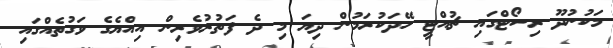
މަކުނުދޫ ރިސޯޓްގައި ޗުއްޓީ ހޭދަކުރަމުން ދިޔަ މި ދެ ފަތުރުވެރިން އިއްޔެގެ ވަގުތެއްގައި